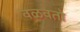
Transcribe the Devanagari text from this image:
वळवतो